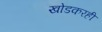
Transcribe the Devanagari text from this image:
खोडकरही